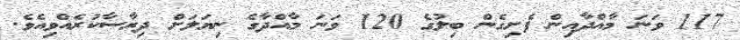
117 ވަނަ މާއްދާއިން ފެށިގެން ބިލުގެ 120 ވަނަ މާއްދާގެ ނިޔަލަށް ދިރާސާކުރެއްވިއެވެ.